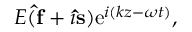
E ( \mathbf { \hat { f } } + i \mathbf { \hat { s } } ) \mathrm { e } ^ { i ( k z - \omega t ) } ,